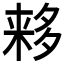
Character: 𬻮